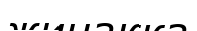
жинакка